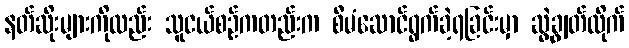
နတ်ဆိုးများကိုလည်း သူငယ်စဉ်ကတည်းက စီမံဆောင်ရွက်ခဲ့ရခြင်းမှာ ဆွဲချွတ်လိုက်